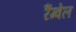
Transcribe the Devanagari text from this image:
रैंग्वेल